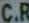
C.R